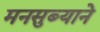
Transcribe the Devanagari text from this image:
मनसुब्याने